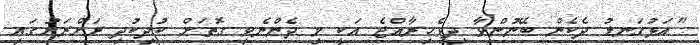
"އަޅުގަނޑު ދެކެން ބޭނުންވާ ދިވެހިރާއްޖެ އަކީ މި ދެންނެވި ގޮތަށް ކުދިކުދި ރަށްރަށުގައި